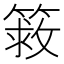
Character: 𰪔